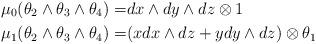
LaTeX: \begin{align*}\mu_0 (\theta_2\wedge \theta_3\wedge \theta_4)=& dx \wedge dy \wedge dz \otimes 1 \\\mu_1(\theta_2\wedge \theta_3\wedge \theta_4)=&(x dx \wedge dz + y dy \wedge dz )\otimes \theta_1\end{align*}